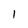
Character: 1